Indian journal of veterinary science and animal husbandry - Volume 11,
Year: 1941
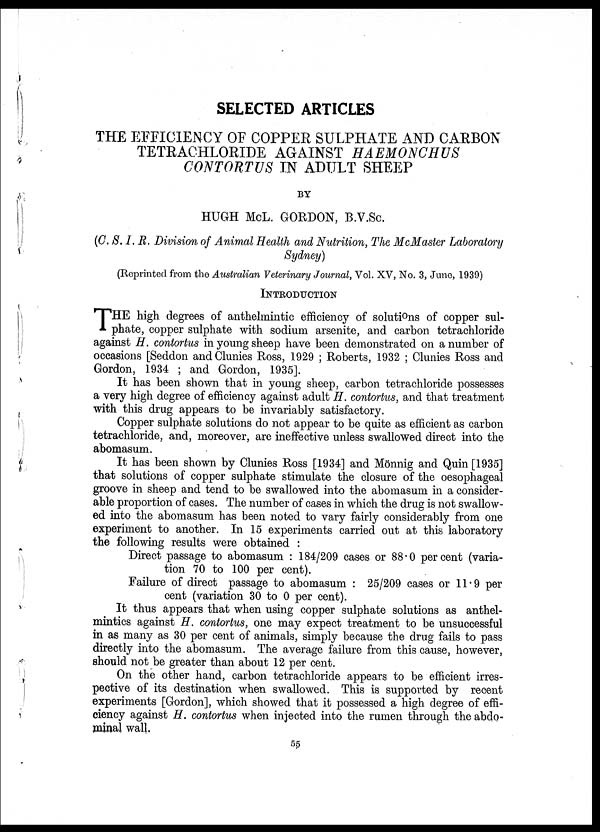
SELECTED ARTICLES
THE EFFICIENCY OF COPPER SULPHATE AND CARBON
TETRACHLORIDE AGAINST HAEMONCHUS
CONTORTUS IN ADULT SHEEP
BY
HUGH McL. GORDON, B. V. Sc.
(C. S. I. R. Division of Animal Health and Nutrition, The McMaster Laboratory
Sydney)
(Reprinted from the Australian Veterinary Journal, Vol. XV, No. 3, June, 1939)
INTRODUCTION
T HE high degrees of anthelmintic efficiency of solutions of copper sul-
phate, copper sulphate with sodium arsenite, and carbon tetrachloride
against H. contortus in young sheep have been demonstrated on a number of
occasions [Seddon and Clunies Ross, 1929 ; Roberts, 1932 ; Clunies Ross and
Gordon, 1934 ; and Gordon, 1935].
It has been shown that in young sheep, carbon tetrachloride possesses
a very high degree of efficiency against adult H. contortus, and that treatment
with this drug appears to be invariably satisfactory.
Copper sulphate solutions do not appear to be quite as efficient as carbon
tetrachloride, and, moreover, are ineffective unless swallowed direct into the
abomasum.
It has been shown by Clunies Ross [1934] and Mönnig and Quin [1935]
that solutions of copper sulphate stimulate the closure of the oesophageal
groove in sheep and tend to be swallowed into the abomasum in a consider-
able proportion of cases. The number of cases in which the drug is not swallow-
ed into the abomasum has been noted to vary fairly considerably from one
experiment to another. In 15 experiments carried out at this laboratory
the following results were obtained :
Direct passage to abomasum : 184/209 cases or 88.0 per cent (varia-
tion 70 to 100 per cent).
Failure of direct passage to abomasum : 2
cent (variation 30 to 0 per cent).
It thus appears that when using copper sulphate solutions as anthel-
mintics against H. contortus, one may expect treatment to be unsuccessful
in as many as 30 per cent of animals, simply because the drug fails to pass
directly into the abomasum. The average failure from this cause, however,
should not be greater than about 12 per cent.
On the other hand, carbon tetrachloride appears to be efficient irres-
pective of its destination when swallowed. This is supported by recent
experiments [Gordon], which showed that it possessed a high degree of effi-
ciency against H. contortus when injected into the rumen through the abdo-
minal wall.
55